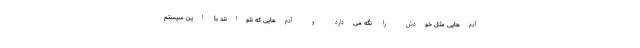
آدم‌هایی مثل خودش را نگه می‌دارد و آدم‌هایی که نتوانند با این سیستم